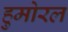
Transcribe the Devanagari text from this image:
हुमोरल